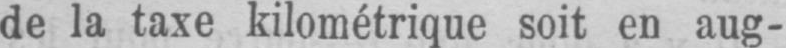
de la taxe kilométrique soit en aug-